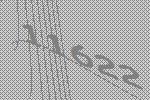
11622